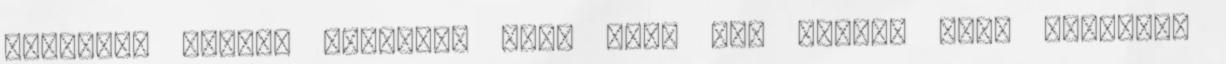
amelyben élnek, amellyel nap, mint nap szembe kell nézniük,